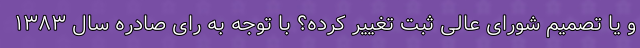
و یا تصمیم شورای عالی ثبت تغییر کرده؟ با توجه به رای صادره سال ۱۳۸۳